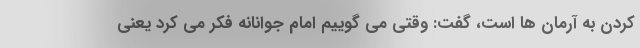
کردن به آرمان ها است، گفت: وقتی می گوییم امام جوانانه فکر می کرد یعنی